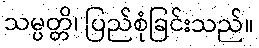
သမ္ပတ္တိ၊ ပြည်စုံခြင်းသည်။